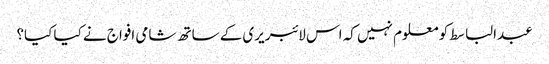
عبدالباسط کو معلوم نہیں کہ اس لائبریری کے ساتھ شامی افواج نے کیا کیا؟